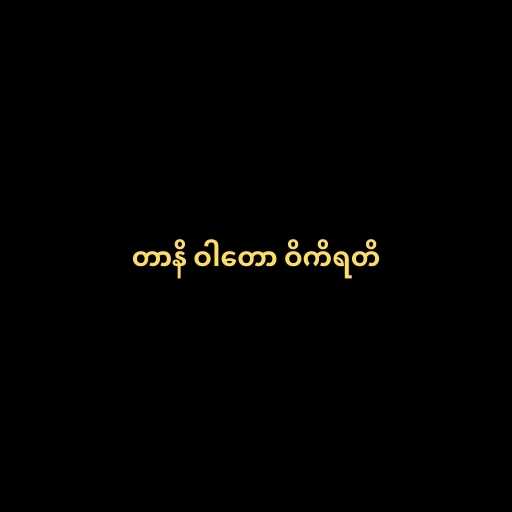
တာနိ ဝါတော ဝိကိရတိ